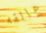
عالقه